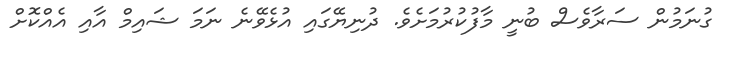
ގުނަމުން ސަރާވެސް ބުނީ މާފުކުރުމަށެވެ. ދުނިޔޭގައި އުޅެވޭނެ ނަމަ ޝައިމް އާއި އެއްކޮށް